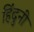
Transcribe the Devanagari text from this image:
हिंदुनी